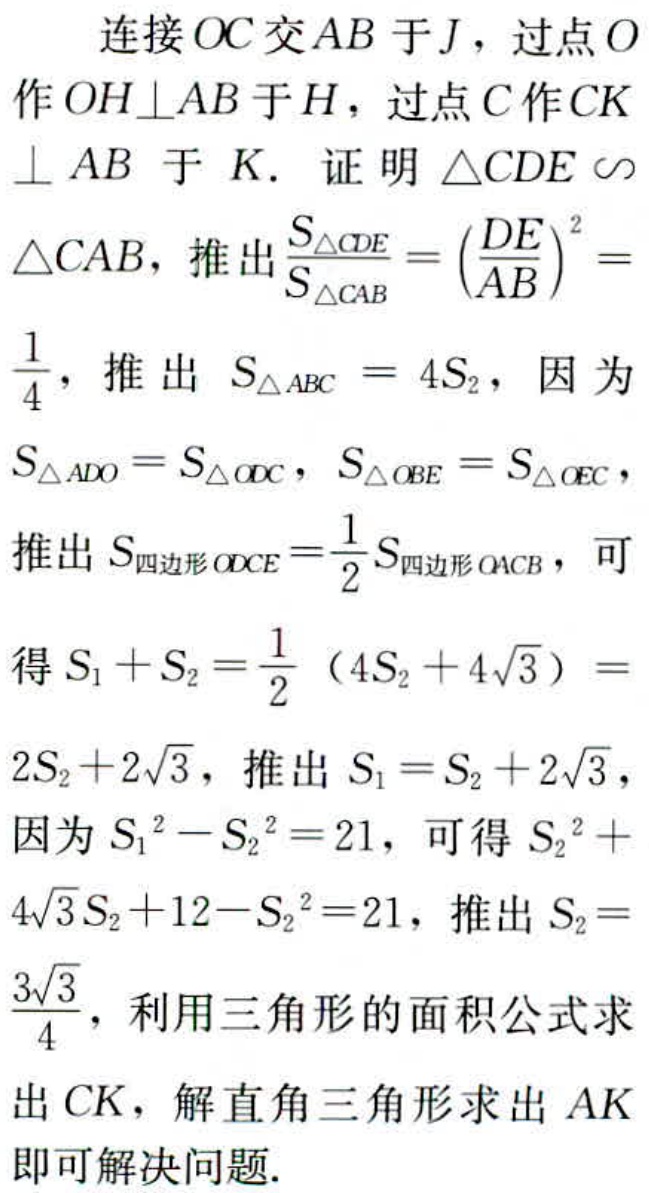
连接 \(OC\) 交 \(AB\) 于 \(J\)，过点 \(O\) 作 \(OH\perp AB\) 于 \(H\)，过点 \(C\) 作 \(CK\perp AB\) 于 \(K\). 证明 \(\triangle CDE\sim\triangle CAB\)，推出 \(\frac{S_{\triangle CDE}}{S_{\triangle CAB}} = (\frac{DE}{AB})^2=\frac{1}{4}\)，推出 \(S_{\triangle ABC}=4S_{2}\)，因为 \(S_{\triangle ADO}=S_{\triangle ODC}\)，\(S_{\triangle OBE}=S_{\triangle OEC}\)，推出 \(S_{四边形ODCE}=\frac{1}{2}S_{四边形OACB}\)，可得 \(S_{1}+S_{2}=\frac{1}{2}(4S_{2}+4\sqrt{3}) = 2S_{2}+2\sqrt{3}\)，推出 \(S_{1}=S_{2}+2\sqrt{3}\)，因为 \(S_{1}^{2}-S_{2}^{2}=21\)，可得 \(S_{2}^{2}+4\sqrt{3}S_{2}+12 - S_{2}^{2}=21\)，推出 \(S_{2}=\frac{3\sqrt{3}}{4}\)，利用三角形的面积公式求出 \(CK\)，解直角三角形求出 \(AK\) 即可解决问题.